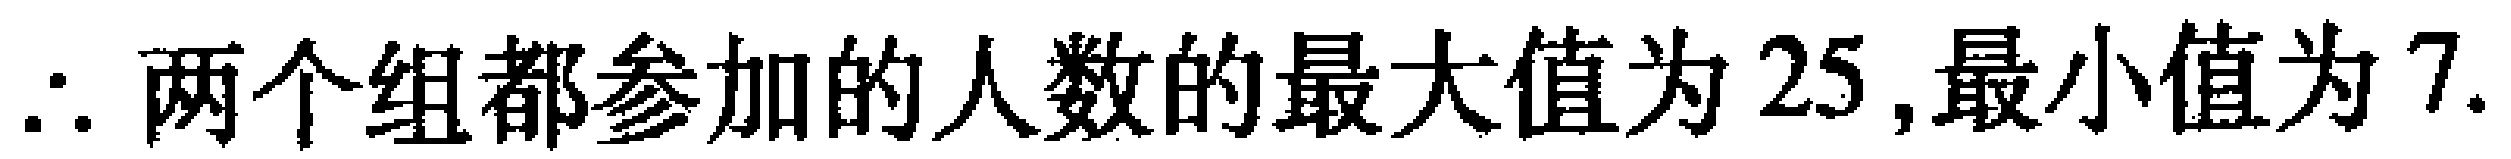
$\therefore$两个组都参加的人数的最大值为$25$,最小值为$7$.